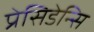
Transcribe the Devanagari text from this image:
प्रेसिडेन्सि